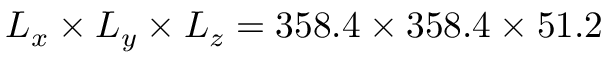
L _ { x } \times L _ { y } \times L _ { z } = 3 5 8 . 4 \times 3 5 8 . 4 \times 5 1 . 2